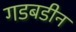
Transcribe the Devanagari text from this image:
गडबडीन